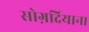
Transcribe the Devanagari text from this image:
सोग़दियाना